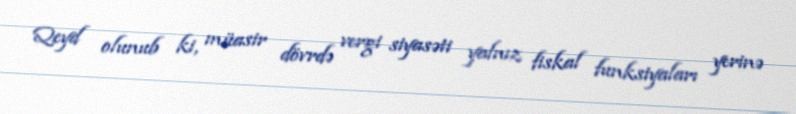
Qeyd olunub ki, müasir dövrdə vergi siyasəti yalnız fiskal funksiyaları yerinə